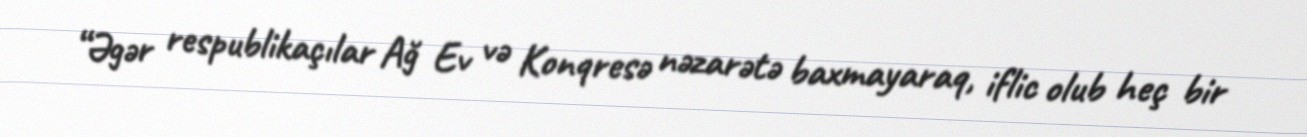
“Əgər respublikaçılar Ağ Ev və Konqresə nəzarətə baxmayaraq, iflic olub heç bir